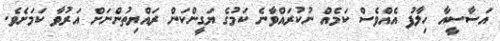
އަސާސީއާ ހިލާފު އެއްވެސް ކަމެއް ނުކުރައްވާނެ ކަމުގެ ޔަގީންކަން ރައްޔިތުންނަށް އަރުވާ ކަމަށެވެ.